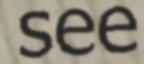
see